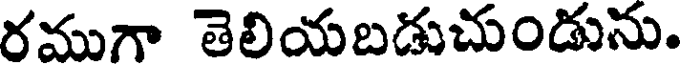
రముగా తెలియబడుచుండును.